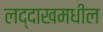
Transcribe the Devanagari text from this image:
लद्दाखमधील